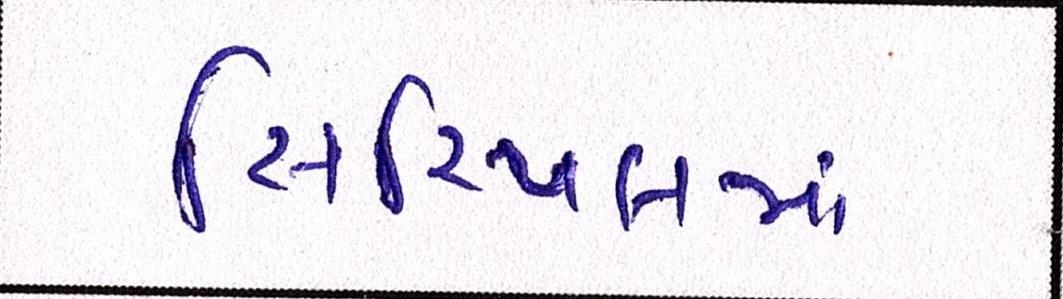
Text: સિરિયલમાં